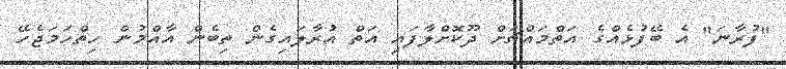
"ފުރާނަ" އެ ބޭފުޅެއްގެ އަތްމައްޗަށް ދޫކޮށްލާފައި އަތް އުރާލައިގެން ތިބެން އާއްމުން ހިތްހަމަޖެހޭ